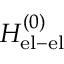
H _ { \mathrm { e l - e l } } ^ { ( 0 ) }